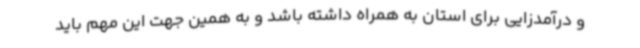
و درآمدزایی برای استان به همراه داشته باشد و به همین جهت این مهم باید